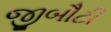
જીબૌટી